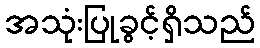
အသုံးပြုခွင့်ရှိသည်